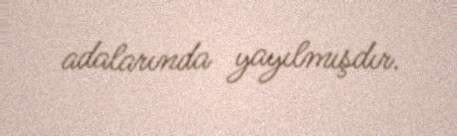
adalarında yayılmışdır.